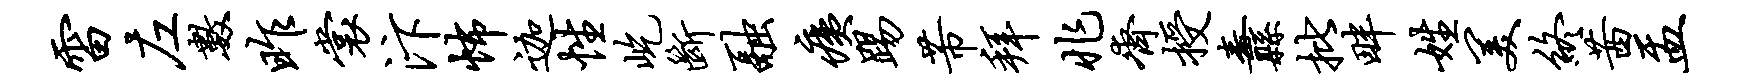
雷左数昨裳汴怖迦性屹断融痍踢芾拜兆齐授纛批畔姓美终茜盂